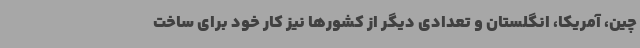
چین، آمریکا، انگلستان و تعدادی دیگر از کشورها نیز کار خود برای ساخت